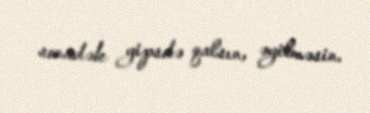
sonadək gipsdə qalsın, əyilməsin.